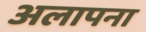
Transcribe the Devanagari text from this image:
अलापना